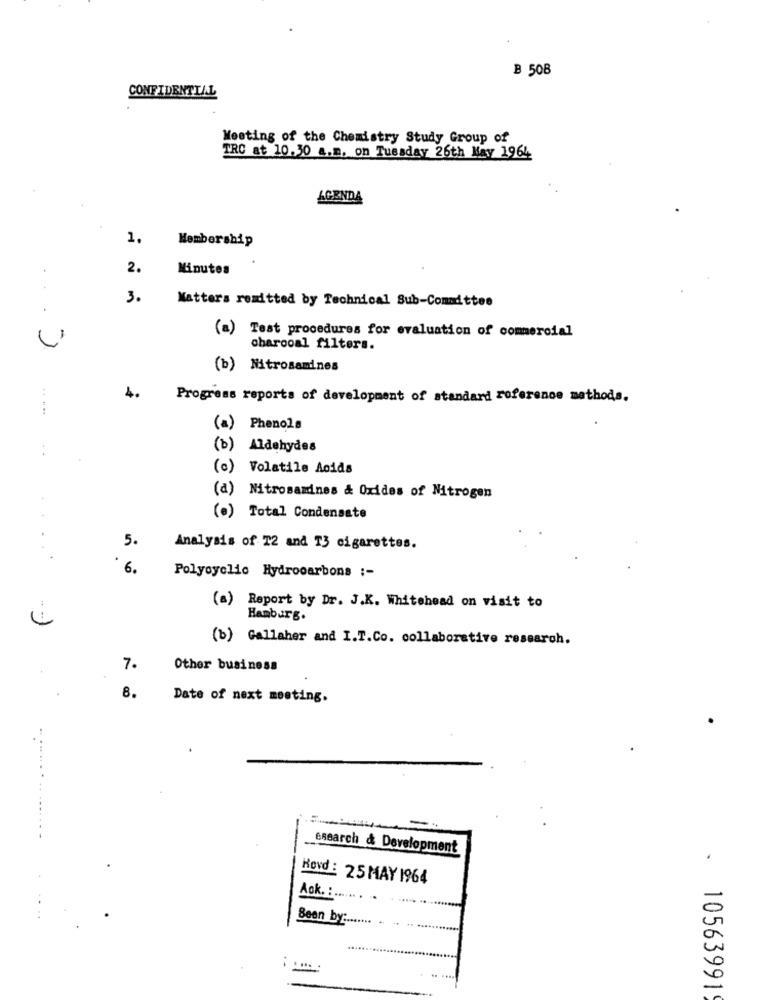
B 508
CONFIDENTIAL
Meeting of the Chemistry Study Group of
TRC at 10.30 a.m. on Tuesday 26th May 1964
AGENDA
1,
Membership
2.
Minutes
3.
Matters remitted by Technical Sub-Committee
.. .
(a) Test procedures for evaluation of commercial
-
charcoal filters.
(b) Nitrosamines
4.
Progress reports of development of standard reference methods.
(a) Phenols
...
(b) Aldehydes
(c) Volatile Acids
(d) Nitrosamdnes & Oxides of Nitrogen
(e) Total Condensate
5.
Analysis of T2 and T3 cigarettes.
....
6.
Polycyclic Hydrocarbons ;-
(a) Report by Dr. J.K. Whitehead on visit to
Hamburg.
(b) Gallaher and I.T.Co. collaborative research.
7.
Other business
8.
Date of next meeting.
-
Esearch & Development
Rovd : 25 MAY 1964
Ack. :.
Been by :..
10563991